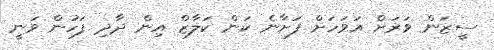
ސީޒަން ވަރަށް އަވަހަށް ފަށާނެ ކަން ކަލާޒް އިން ދާދި ފަހުން ވަނީ